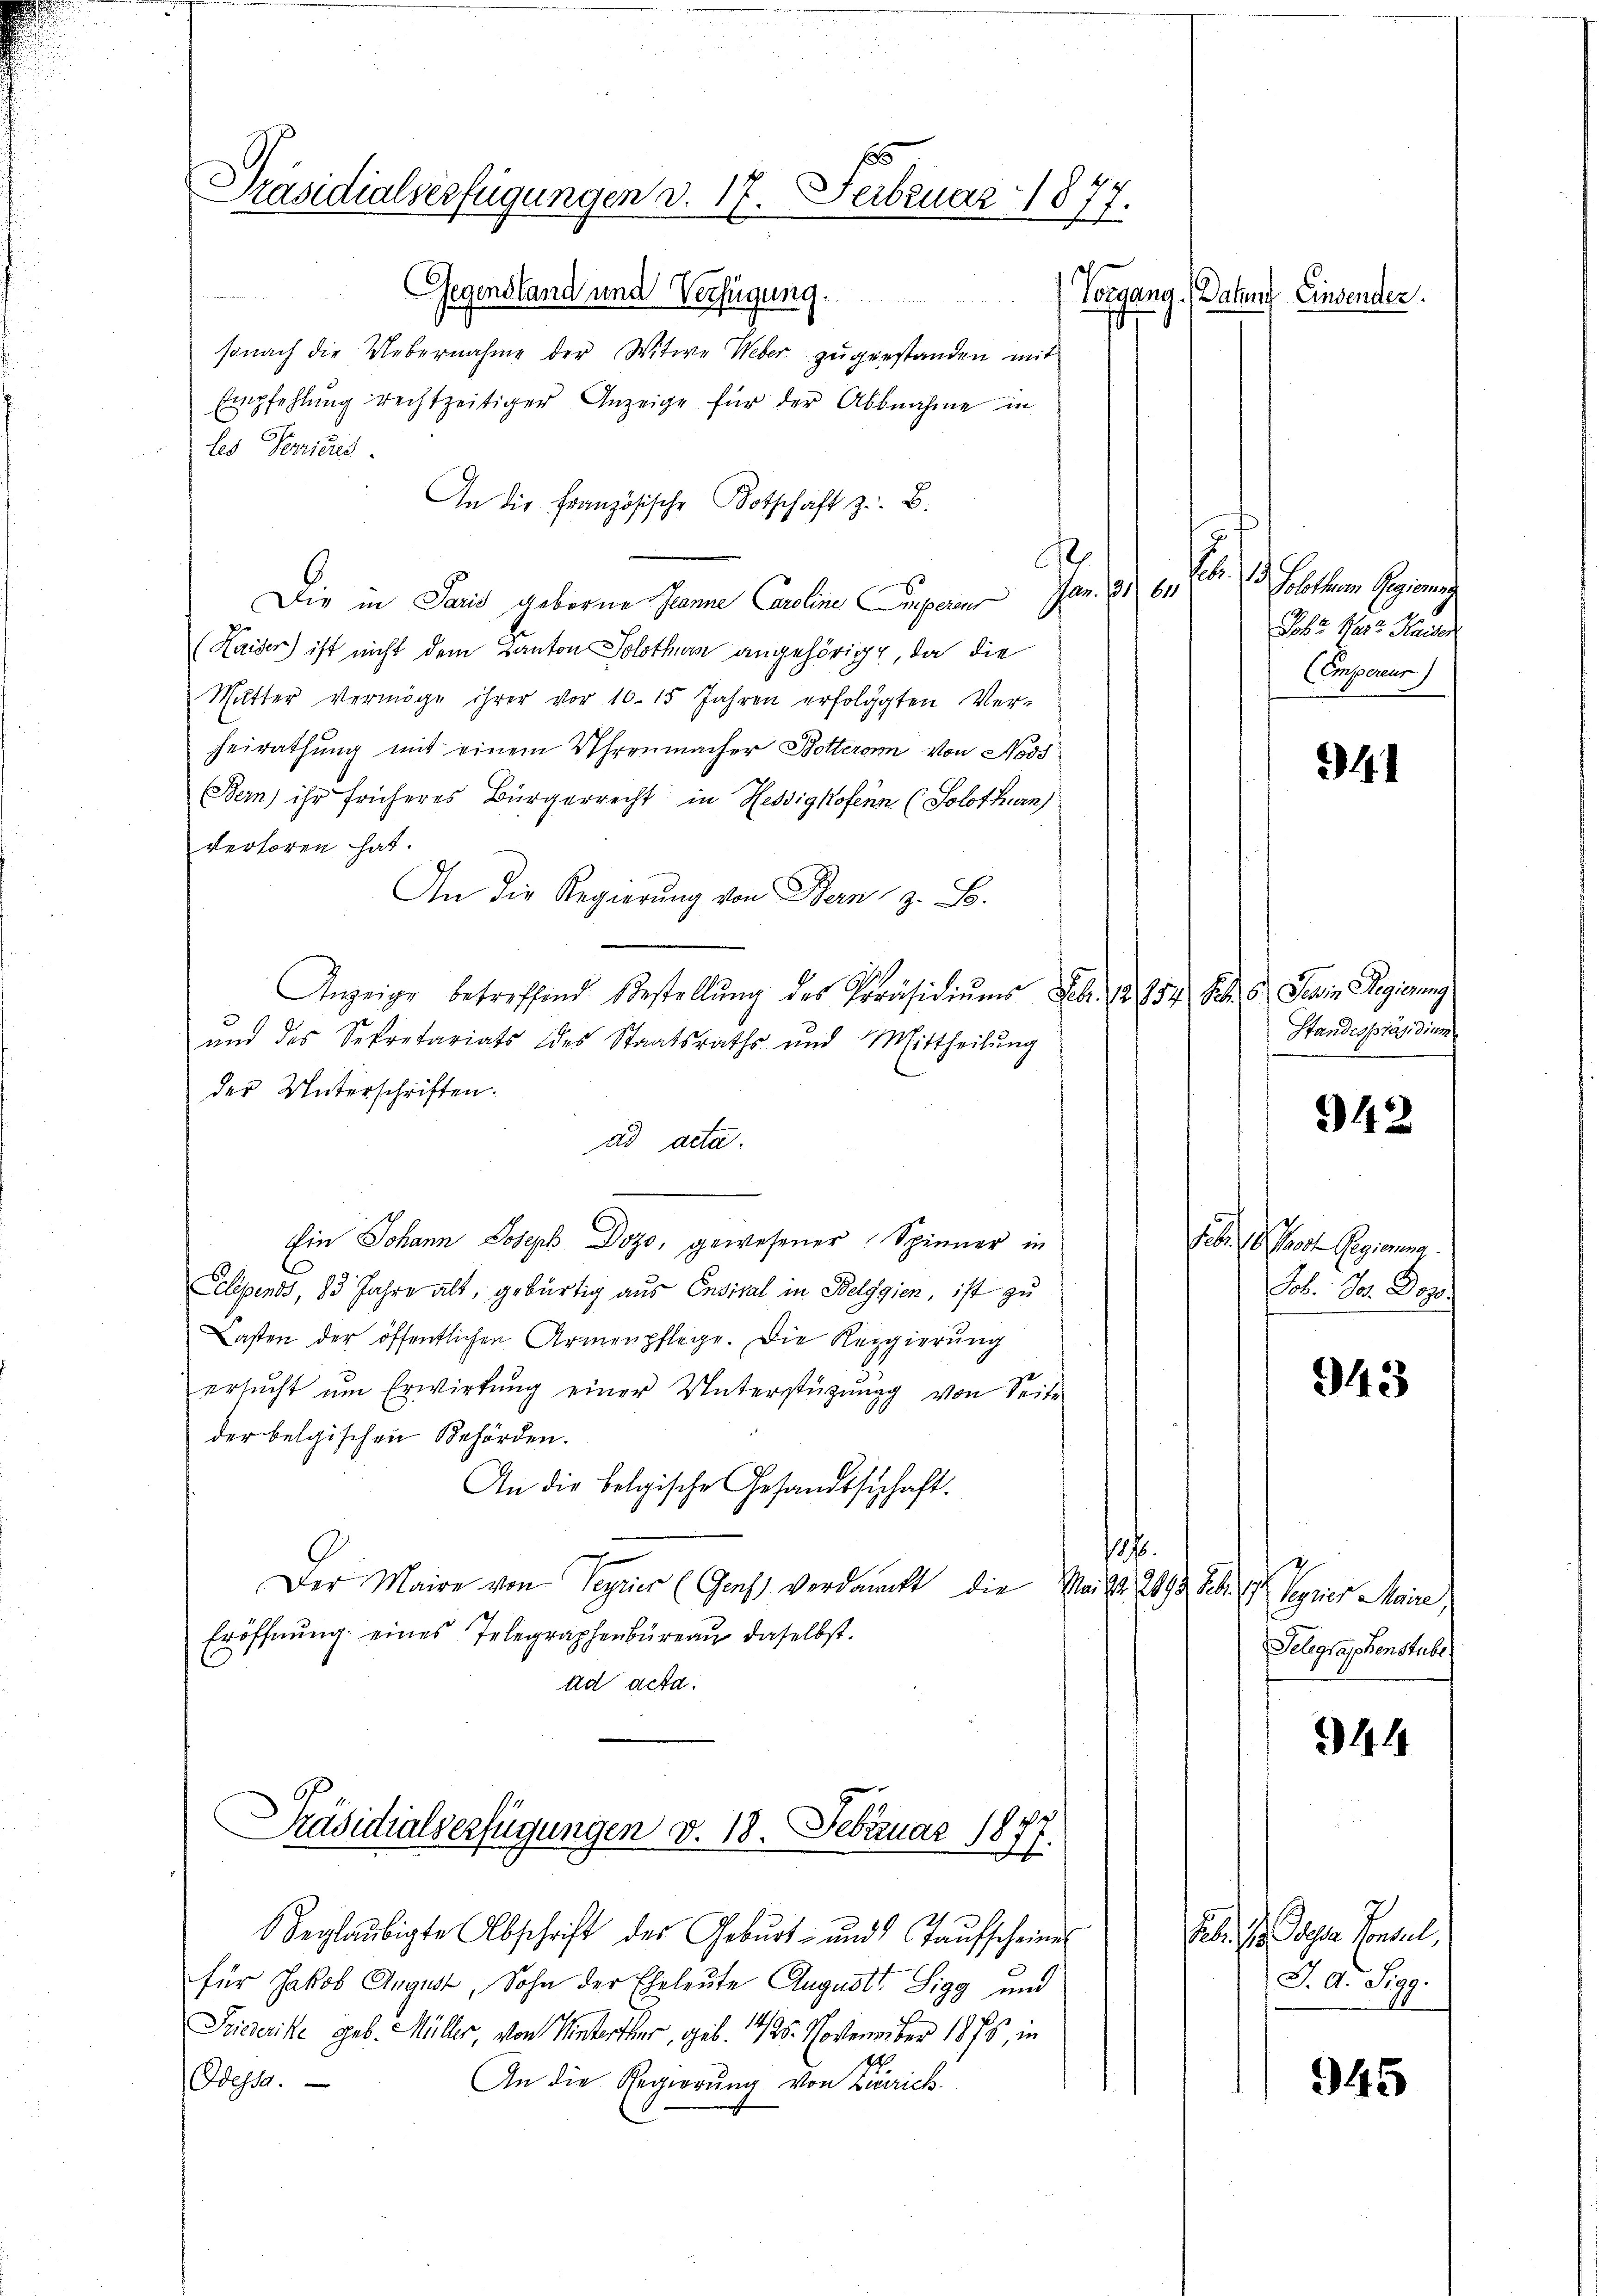
f
Präsidialverfügungen d. 17. Februar 1877.

Gegensland und Verfügung.
Vorgang.
 B
sonach die Uebernahme der Witwe Weber zugestanden mit
Empfehlung rechtzeitiger Anzeige für der Abbnahme in
les Perricis.
An die Französische Botschaft z. B.
de
Die in Paris geborene Janne Caroline Emperes Jan. 164
(Kaiser) ist nicht dem Kanton Solothurn angehörigt, da die
Mutter Vermöge ihrer vor 10. 15 Jahren erfolgten Ver-
heirathung mit einem Uhrenmacher Botteronn von Noss
Bern ihr früheres Bürgerrecht in Hessigkofenen (Solothurn)
verloren hat.
An die Regierung von Bern, z. B.
Anzeige betreffend Bestellŭng des Präsidiŭms Febr. 12. 954 S. 6. Sein Regierung
und des Sekretariats des Staatsraths und Mittheilŭng
der Unterschriften.
ad acta.
Ein Johann Joseph Dozo, gewesener Spinner in
Eclipends, 83 Jahre alt, gebürtig aus Ensikal in Belggien, ist zu
Lasten der öffentlichen Armenpflege. Die Regierung
ersŭcht ŭm Erwirkung einer Unterstützŭng von Seite
der belgischen Behörden.
An die belgische Gesandtschaft.
1
Der Maire von Seyrier (Genf verdankt die Mai d. 2092
Eröffnung eines Telegraphenbüreau daselbst.
ad acta.
Präsidialverfügungen d. 18. Februar 181
.
beglaubigte Abschrift des Gebŭrt- und Taŭfscheine
für Jakob August, Sohn der Eheleute August Sigg und
Friederike geb. Müller, von Winterthur, geb. 1426. Novenaber 1875, in
Odessa.
An die Regierŭng von Zürich

Datums Einsender.

Ao. 1. Seiten Errung
Pobr. Mart. Kaiser
(Empereur

341

Standespräsidium

942

Febr. 10 Pro Regierung.
Job. Jos. Dez.

943

d. G. Sepris Meine,
Telegraphenstube

944

Feb. In Gegen Konsul
J. A. Sigg.

945